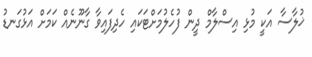
ޚުލާސާ އަކީ މުޅި އިސްލާމް ދީން ފުހެލުމަށްޓަކައި ހެދިފައިވާ ގާނޫނެއް ކަމަށް އަޅުގަނޑު